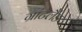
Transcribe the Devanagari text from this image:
ग्रांटलैंड